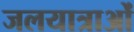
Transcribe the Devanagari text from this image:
जलयात्राओं